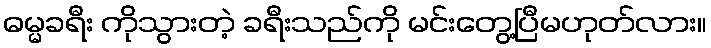
ဓမ္မခရီး ကိုသွားတဲ့ ခရီးသည်ကို မင်းတွေ့ပြီမဟုတ်လား။